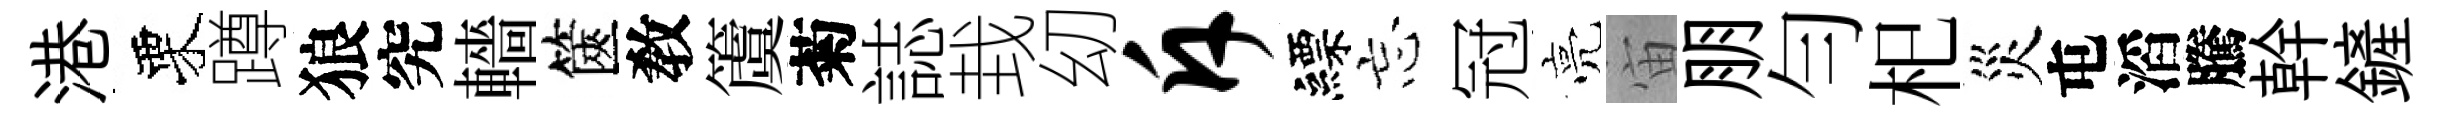
港栗蹲狼究轖篋敎𥵂菊誌㘽㓜斥縹忘冠亮宙朋勻𣏌災屯滔騰幹鏟